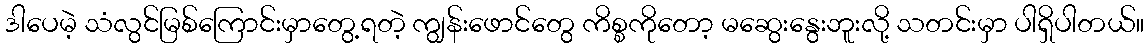
ဒါပေမဲ့ သံလွင်မြစ်ကြောင်းမှာတွေ့ရတဲ့ ကျွန်းဖောင်တွေ ကိစ္စကိုတော့ မဆွေးနွေးဘူးလို့ သတင်းမှာ ပါရှိပါတယ်။